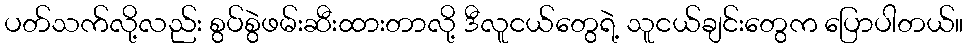
ပတ်သက်လို့လည်း စွပ်စွဲဖမ်းဆီးထားတာလို့ ဒီလူငယ်တွေရဲ့ သူငယ်ချင်းတွေက ပြောပါတယ်။